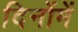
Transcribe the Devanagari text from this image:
दिनोंमें